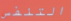
التنفس